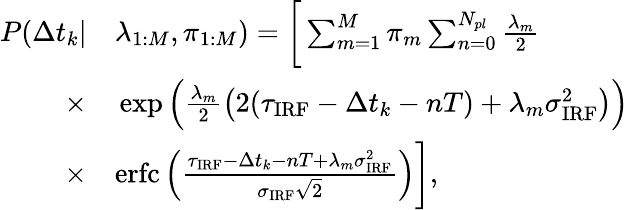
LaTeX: \begin{array}{rl}{P(\Delta t_{k}|}&{{}\lambda_{1:M},\pi_{1:M})=\bigg[\sum_{m=1}^{M}\pi_{m}\sum_{n=0}^{N_{pl}}\frac{\lambda_{m}}{2}}\\ {\times}&{{}\exp\Big(\frac{\lambda_{m}}{2}\left(2(\tau_{\mathrm{IRF}}-\Delta t_{k}-nT)+\lambda_{m}\sigma_{\mathrm{IRF}}^{2}\right)\Big)}\\ {\times}&{{}\mathrm{erfc}\left(\frac{\tau_{\mathrm{IRF}}-\Delta t_{k}-nT+\lambda_{m}\sigma_{\mathrm{IRF}}^{2}}{\sigma_{\mathrm{IRF}}\sqrt{2}}\right)\bigg],}\end{array}